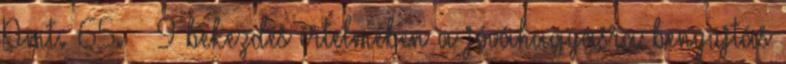
Pmt. 65. § 9 bekezdés értelmében a jóváhagyásra benyújtás